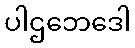
ပါဌဘေဒေါ